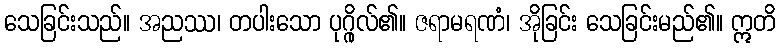
သေခြင်းသည်။ အညဿ၊ တပါးသော ပုဂ္ဂိုလ်၏။ ဇရာမရဏံ၊ အိုခြင်း သေခြင်းမည်၏။ ဣတိ